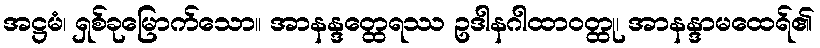
အဋ္ဌမံ၊ ရှစ်ခုမြောက်သော။ အာနန္ဒတ္ထေရဿ ဥဒါနဂါထာဝတ္ထု၊ အာနန္ဒာမထေရ်၏